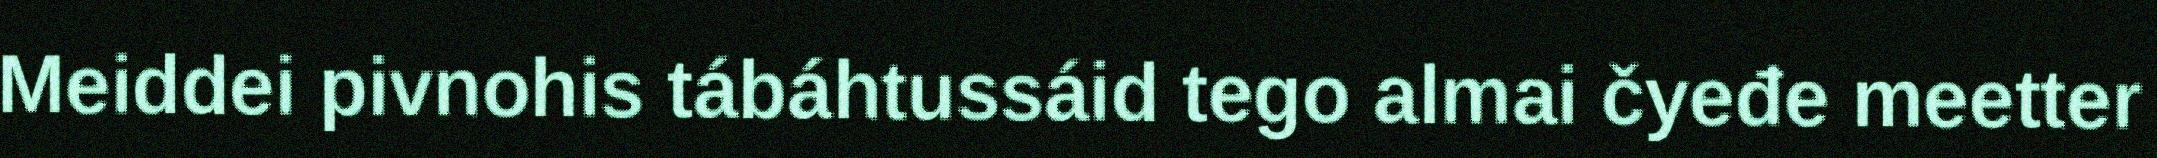
Meiddei pivnohis tábáhtussáid tego almai čyeđe meetter